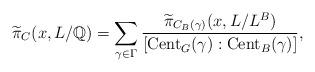
LaTeX: \begin{align*}\widetilde{\pi}_{C}(x,L/\mathbb{Q})&=\sum_{\gamma\in\Gamma}\frac{\widetilde{\pi}_{C_B(\gamma)}(x,L/L^B)}{[\mathrm{Cent}_G(\gamma):\mathrm{Cent}_B(\gamma)]},\end{align*}